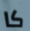
كا